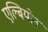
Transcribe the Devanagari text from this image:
एल्बियोन